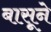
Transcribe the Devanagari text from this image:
बासूने